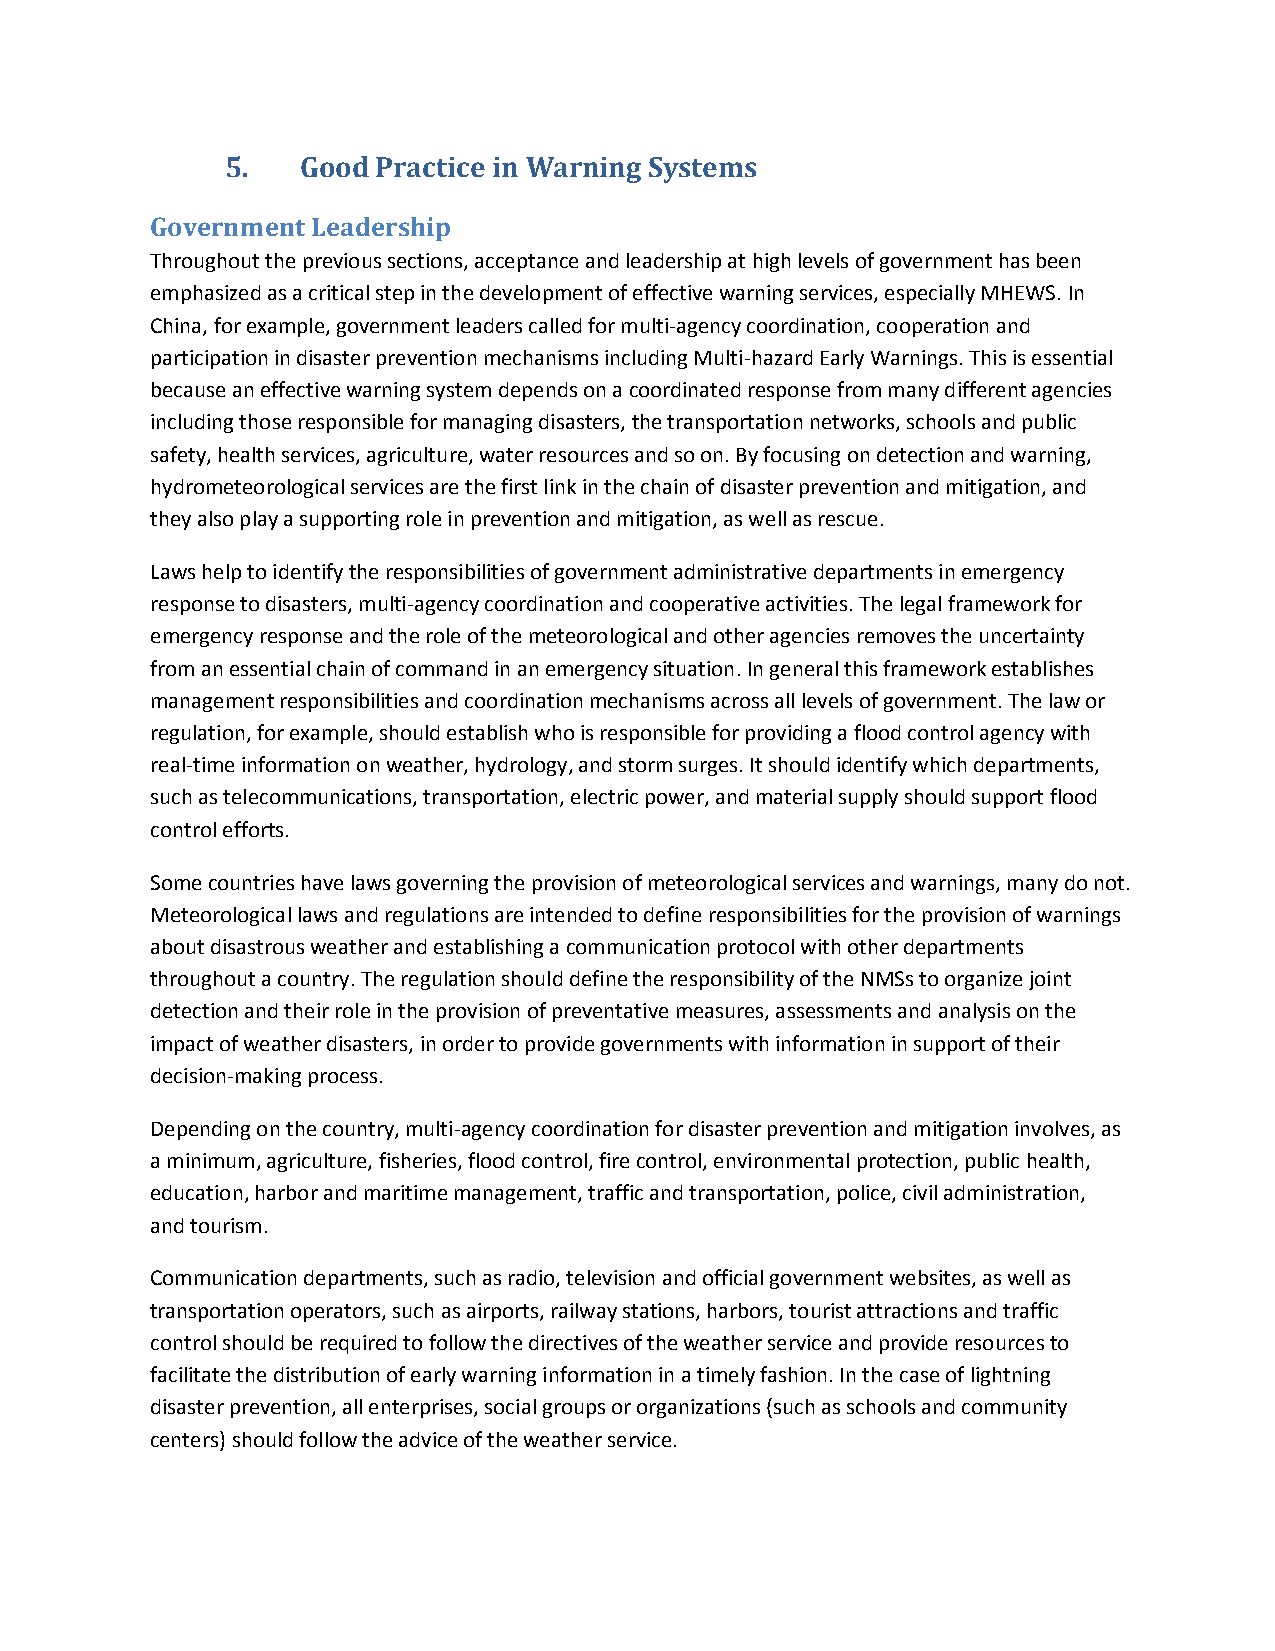
5.   Good Practice in Warning Systems
 Government Leadership
 Throughout the previous sections, acceptance and leadership at high levels of government has been
 emphasized as a critical step in the development of effective warning services, especially MHEWS. In
 China, for example, government leaders called for multi-agency coordination, cooperation and
 participation in disaster prevention mechanisms including Multi-hazard Early Warnings. This is essential
 because an effective warning system depends on a coordinated response from many different agencies
 including those responsible for managing disasters, the transportation networks, schools and public
 safety, health services, agriculture, water resources and so on. By focusing on detection and warning,
 hydrometeorological services are the first link in the chain of disaster prevention and mitigation, and
 they also play a supporting role in prevention and mitigation, as well as rescue.
 Laws help to identify the responsibilities of government administrative departments in emergency
 response to disasters, multi-agency coordination and cooperative activities. The legal framework for
 emergency response and the role of the meteorological and other agencies removes the uncertainty
 from an essential chain of command in an emergency situation. In general this framework establishes
 management responsibilities and coordination mechanisms across all levels of government. The law or
 regulation, for example, should establish who is responsible for providing a flood control agency with
 real-time information on weather, hydrology, and storm surges. It should identify which departments,
 such as telecommunications, transportation, electric power, and material supply should support flood
 control efforts.
 Some countries have laws governing the provision of meteorological services and warnings, many do not.
 Meteorological laws and regulations are intended to define responsibilities for the provision of warnings
 about disastrous weather and establishing a communication protocol with other departments
 throughout a country. The regulation should define the responsibility of the NMSs to organize joint
 detection and their role in the provision of preventative measures, assessments and analysis on the
 impact of weather disasters, in order to provide governments with information in support of their
 decision-making process.
 Depending on the country, multi-agency coordination for disaster prevention and mitigation involves, as
 a minimum, agriculture, fisheries, flood control, fire control, environmental protection, public health,
 education, harbor and maritime management, traffic and transportation, police, civil administration,
 and tourism.
 Communication departments, such as radio, television and official government websites, as well as
 transportation operators, such as airports, railway stations, harbors, tourist attractions and traffic
 control should be required to follow the directives of the weather service and provide resources to
 facilitate the distribution of early warning information in a timely fashion. In the case of lightning
 disaster prevention, all enterprises, social groups or organizations (such as schools and community
 centers) should follow the advice of the weather service.